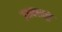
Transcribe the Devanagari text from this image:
उअक्साक्तुं